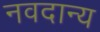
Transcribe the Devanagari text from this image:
नवदान्य